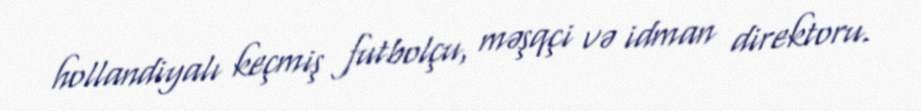
hollandiyalı keçmiş futbolçu, məşqçi və idman direktoru.